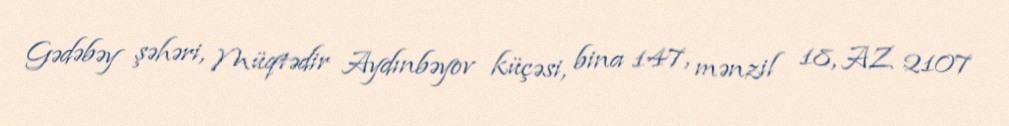
Gədəbəy şəhəri, Müqtədir Aydınbəyov küçəsi, bina 147, mənzil 18, AZ 2107